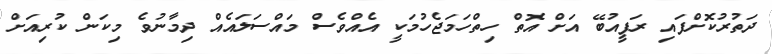
ދަތުރުކޮށްފައި ރަފީއުބޭ އަށް އޮތް ހިތްހަމަޖެހުމަކީ އެއްވެސް މައްސަލައެއް ދިމާނުވެ މިކަން ކުރިއަށް